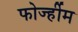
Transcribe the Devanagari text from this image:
फोर्ज्हीम